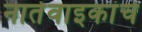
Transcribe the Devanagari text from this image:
नातेवाइकांचे